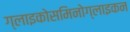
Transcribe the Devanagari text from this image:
ग्लाइकोसमिनोग्लाइकन